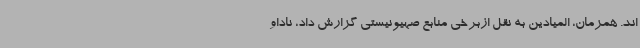
اند. همزمان، المیادین به نقل ازبرخی منابع صهیونیستی گزارش داد، ناداو